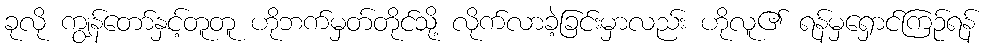
ခုလို ကျွန်တော်နှင့်တူတူ ဟိုဘက်မှတ်တိုင်သို့ လိုက်လာခဲ့ခြင်းမှာလည်း ဟိုလူ၏ ရန်မှရှောင်ကြဉ်ရန်